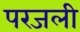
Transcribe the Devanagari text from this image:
परजली